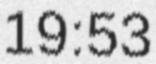
19:53